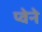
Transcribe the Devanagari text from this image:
प्वेने